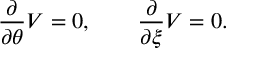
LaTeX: { \frac { \partial } { \partial \theta } } V = 0 , \qquad { \frac { \partial } { \partial \xi } } V = 0 .